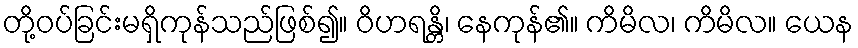
တို့ဝပ်ခြင်းမရှိကုန်သည်ဖြစ်၍။ ဝိဟရန္တိ၊ နေကုန်၏။ ကိမိလ၊ ကိမိလ။ ယေန